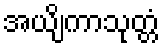
အယျိကာသုတ္တံ